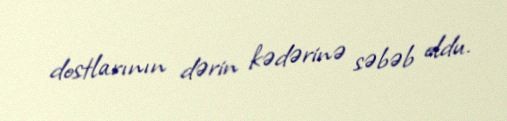
dostlarının dərin kədərinə səbəb oldu.